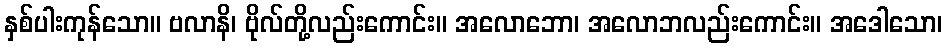
နှစ်ပါးကုန်သော။ ဗလာနိ၊ ဗိုလ်တို့လည်းကောင်း။ အလောဘော၊ အလောဘလည်းကောင်း။ အဒေါသော၊